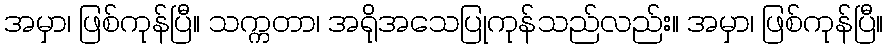
အမှာ၊ ဖြစ်ကုန်ပြီ။ သက္ကတာ၊ အရိုအသေပြုကုန်သည်လည်း။ အမှာ၊ ဖြစ်ကုန်ပြီ။